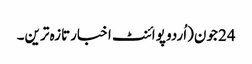
24 جون(اُردو پوائنٹ اخبارتازہ ترین۔